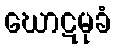
ဃောဋမုခံ